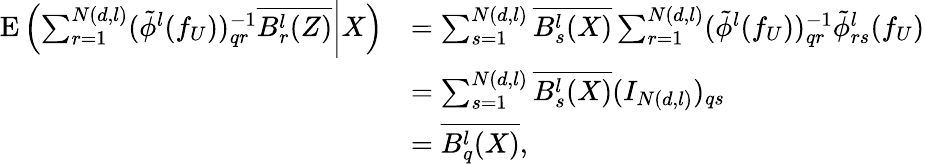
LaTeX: \begin{array}{rl}{\mathrm{E}\left(\sum_{r=1}^{N(d,l)}(\tilde{\phi}^{l}(f_{U}))_{qr}^{-1}\overline{{B_{r}^{l}(Z)}}\bigg|X\right)}&{=\sum_{s=1}^{N(d,l)}\overline{{B_{s}^{l}(X)}}\sum_{r=1}^{N(d,l)}(\tilde{\phi}^{l}(f_{U}))_{qr}^{-1}\tilde{\phi}_{rs}^{l}(f_{U})}\\ &{=\sum_{s=1}^{N(d,l)}\overline{{B_{s}^{l}(X)}}(I_{N(d,l)})_{qs}}\\ &{=\overline{{B_{q}^{l}(X)}},}\end{array}